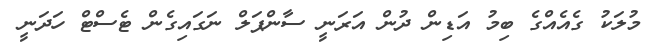
މުލަކު ގެއެއްގެ ބިމު އަޑިން ދުން އަރަނީ ސާންޕަލް ނަގައިގެން ޓެސްޓް ހަދަނީ